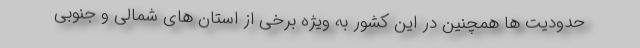
حدودیت ها همچنین در این کشور به ویژه برخی از استان های شمالی و جنوبی